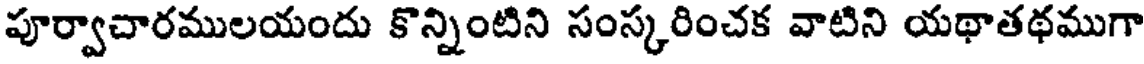
పూర్వాచారములయందు కొన్నింటిని సంస్కరించక వాటిని యథాతథముగా